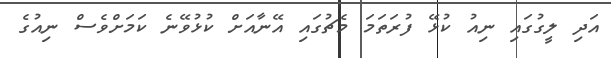
އަދި ލީގުގައި ނިއު ކުޅޭ ފުރަތަމަ މެޗުގައި އޭނާއަށް ކުޅުވޭނެ ކަމަށްވެސް ނިއުގެ